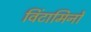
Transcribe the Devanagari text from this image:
विंटामिनों